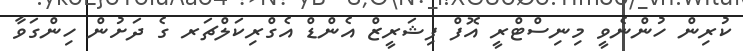
ކުރިން ހުންނެވީ މިނިސްޓްރީ އޮފް ފިޝަރީޒް އެންޑް އެގްރިކަލްޗަރ ގެ ދަށުން ހިންގަވާ